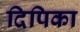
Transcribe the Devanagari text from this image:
दिपिका